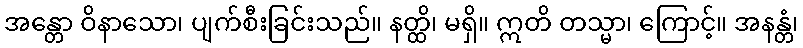
အန္တော ဝိနာသော၊ ပျက်စီးခြင်းသည်။ နတ္ထိ၊ မရှိ။ ဣတိ တသ္မာ၊ ကြောင့်။ အနန္တံ၊